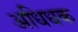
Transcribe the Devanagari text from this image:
अधिधक